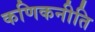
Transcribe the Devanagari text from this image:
कणिकनीति